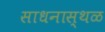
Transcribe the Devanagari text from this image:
साधनास्थळ